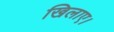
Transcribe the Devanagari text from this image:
खिलाए।